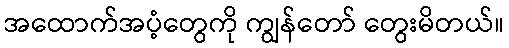
အထောက်အပံ့တွေကို ကျွန်တော် တွေးမိတယ်။